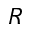
R